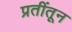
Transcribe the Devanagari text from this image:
प्रतींतून